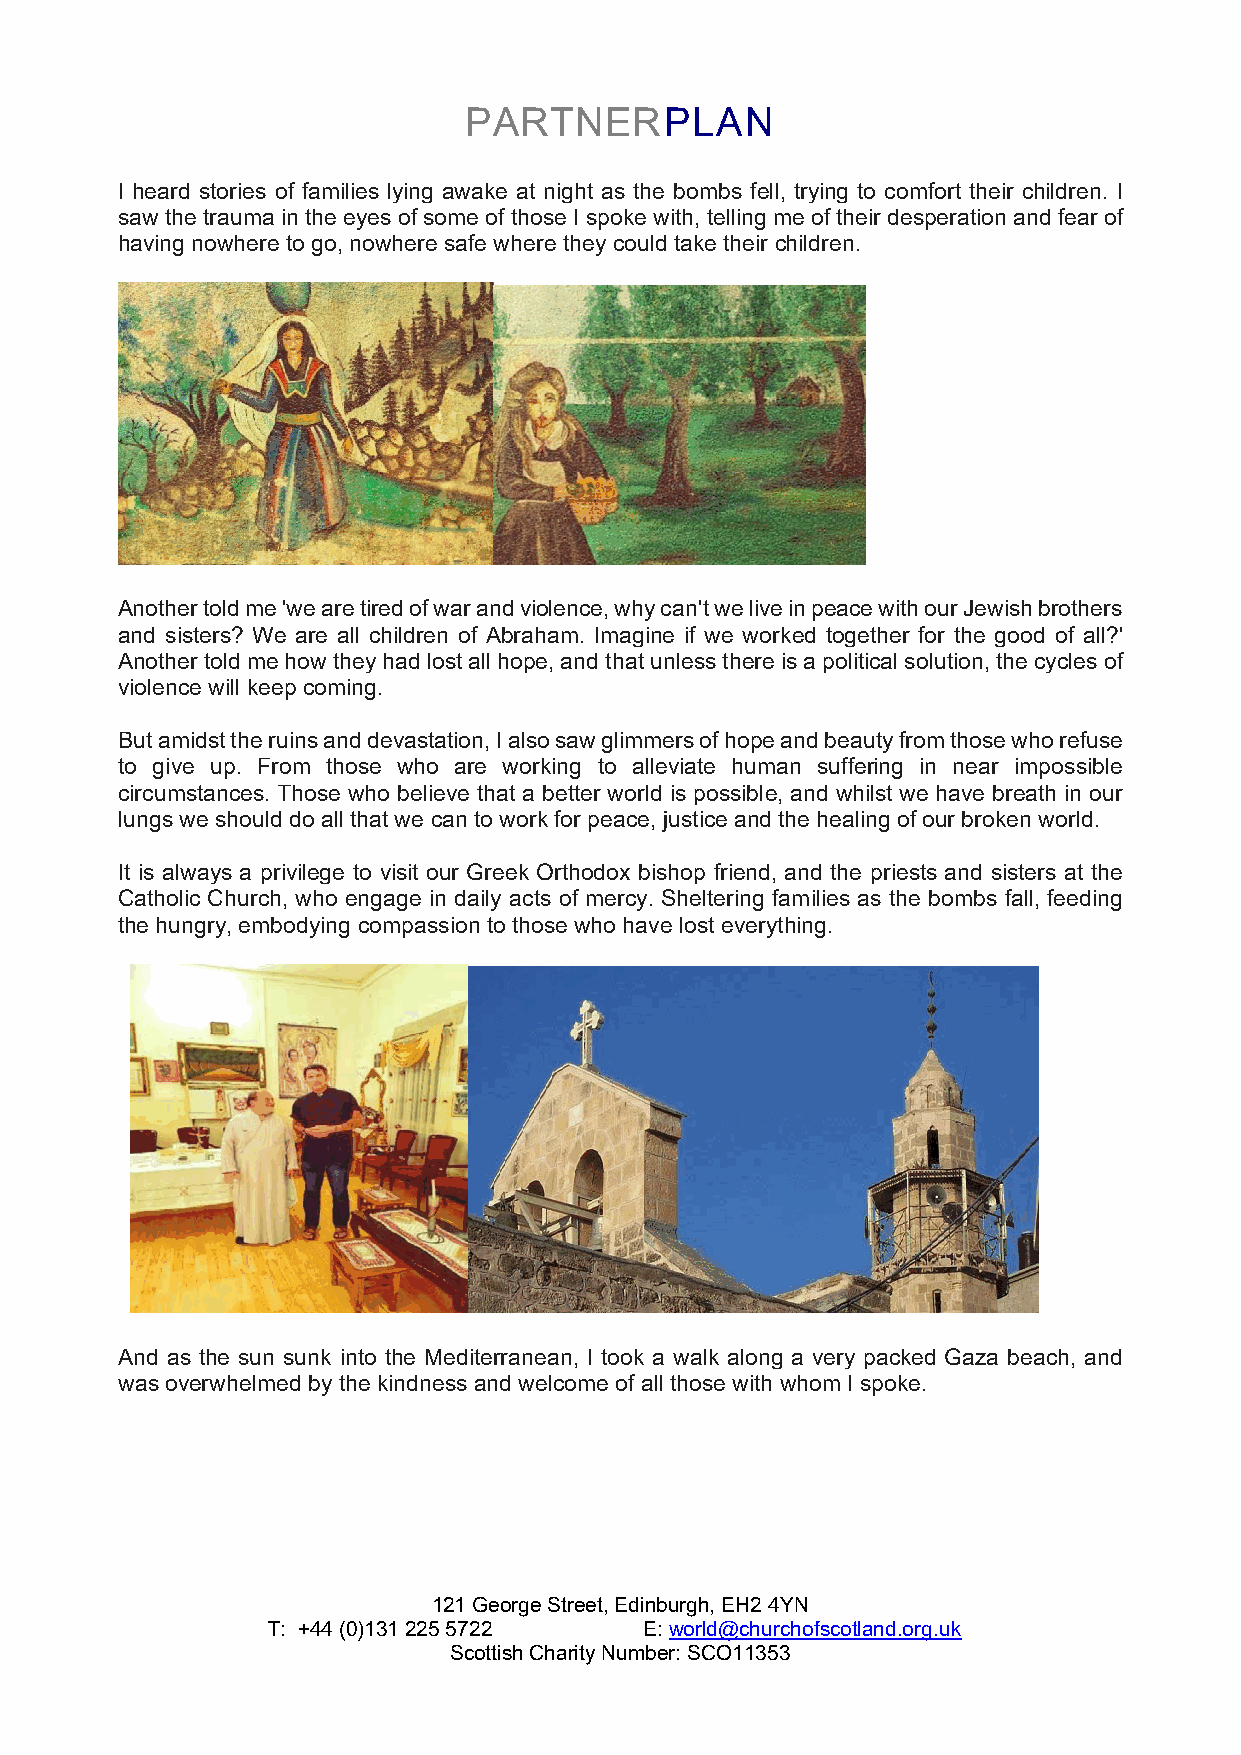
PARTNERPLAN
 I heard stories of families lying awake at night as the bombs fell, trying to comfort their children. I
 saw the trauma in the eyes of some of those I spoke with, telling me of their desperation and fear of
 having nowhere to go, nowhere safe where they could take their children.
 Another told me 'we are tired of war and violence, why can't we live in peace with our Jewish brothers
 and sisters? We are all children of Abraham. Imagine if we worked together for the good of all?'
 Another told me how they had lost all hope, and that unless there is a political solution, the cycles of
 violence will keep coming.
 But amidst the ruins and devastation, I also saw glimmers of hope and beauty from those who refuse
 to give up. From those who are working to alleviate human suffering in near impossible
 circumstances. Those who believe that a better world is possible, and whilst we have breath in our
 lungs we should do all that we can to work for peace, justice and the healing of our broken world.
 It is always a privilege to visit our Greek Orthodox bishop friend, and the priests and sisters at the
 Catholic Church, who engage in daily acts of mercy. Sheltering families as the bombs fall, feeding
 the hungry, embodying compassion to those who have lost everything.
 And as the sun sunk into the Mediterranean, I took a walk along a very packed Gaza beach, and
 was overwhelmed by the kindness and welcome of all those with whom I spoke.
 121 George Street, Edinburgh, EH2 4YN
 T: +44 (0)131 225 5722   E: world@churchofscotland.org.uk
 Scottish Charity Number: SCO11353